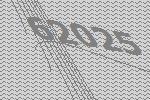
62025